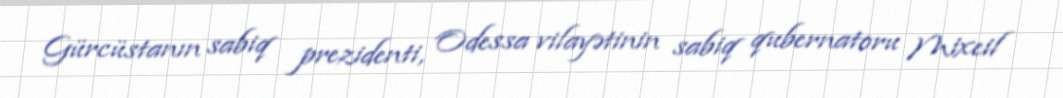
Gürcüstanın sabiq prezidenti, Odessa vilayətinin sabiq qubernatoru Mixeil